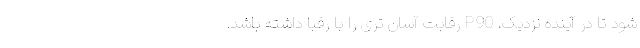
شود تا در آینده نزدیک، P90 رقابت آسان تری را با رقبا داشته باشد.